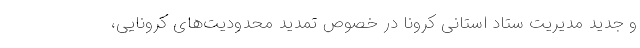
و جدید مدیریت ستاد استانی کرونا در خصوص تمدید محدودیت‌های کرونایی،